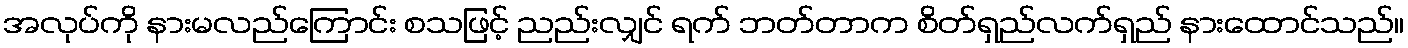
အလုပ်ကို နားမလည်ကြောင်း စသဖြင့် ညည်းလျှင် ရက် ဘတ်တာက စိတ်ရှည်လက်ရှည် နားထောင်သည်။